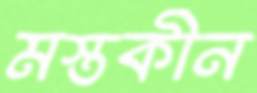
মস্তকীন